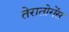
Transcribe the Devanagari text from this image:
तेरातोगेंस